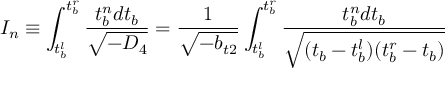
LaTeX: I _ { n } \equiv \int _ { t _ { b } ^ { l } } ^ { t _ { b } ^ { r } } \frac { t _ { b } ^ { n } d t _ { b } } { \sqrt { - D _ { 4 } } } = \frac { 1 } { \sqrt { - b _ { t 2 } } } \int _ { t _ { b } ^ { l } } ^ { t _ { b } ^ { r } } \frac { t _ { b } ^ { n } d t _ { b } } { \sqrt { ( t _ { b } - t _ { b } ^ { l } ) ( t _ { b } ^ { r } - t _ { b } ) } }